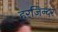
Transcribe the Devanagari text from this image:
हरजिन्दर